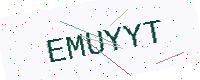
Text: EMUYYT